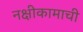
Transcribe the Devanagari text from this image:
नक्षीकामाची